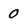
Character: 0